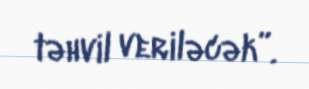
təhvil veriləcək”.